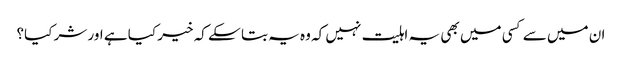
ان میں سے کسی میں بھی یہ اہلیت نہیں کہ وہ یہ بتا سکے کہ خیر کیا ہے اور شر کیا؟